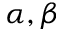
\alpha , \beta